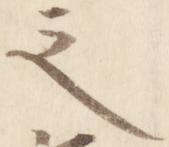
之